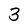
Character: 3